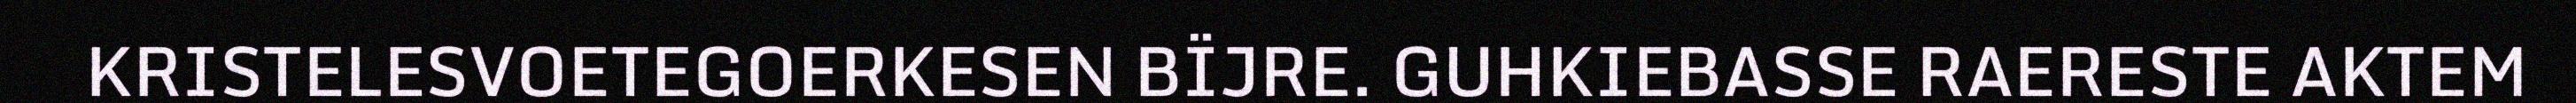
KRISTELESVOETEGOERKESEN BÏJRE. GUHKIEBASSE RAERESTE AKTEM